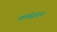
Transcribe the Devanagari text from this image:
कर्मसंचय